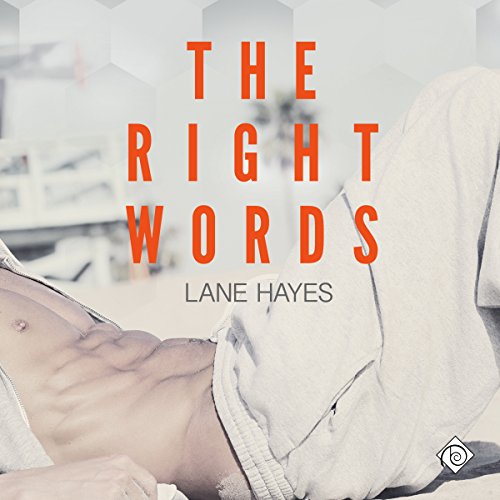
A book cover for The Right Words: Right and Wrong Book 1; Lane Hayes; Romance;